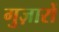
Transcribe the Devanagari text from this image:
गुज़ारों